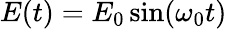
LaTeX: E(t)=E_{0}\sin(\omega_{0}t)